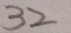
3 2